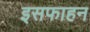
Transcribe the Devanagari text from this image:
इसफाहन